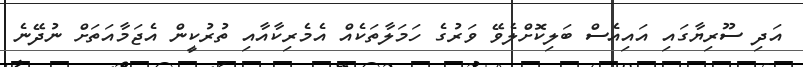
އަދި ސޫރިޔާގައި އައިއެސް ބަލިކޮށްލެވޭ ވަރުގެ ހަމަލާތަކެއް އެމެރިކާއާއި ތުރުކީން އެޖަމާއަތަށް ނުދޭނެ